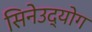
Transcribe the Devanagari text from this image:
सिनेउद्योग